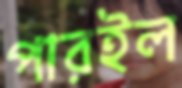
পারইল